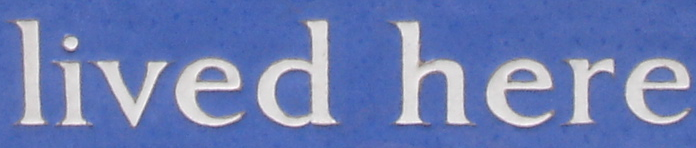
lived here